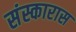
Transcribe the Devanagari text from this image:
संस्कारास